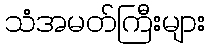
သံအမတ်ကြီးများ